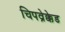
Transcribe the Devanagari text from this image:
चिपव्रेक्केड